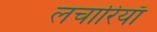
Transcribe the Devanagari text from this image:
लचारियाँ